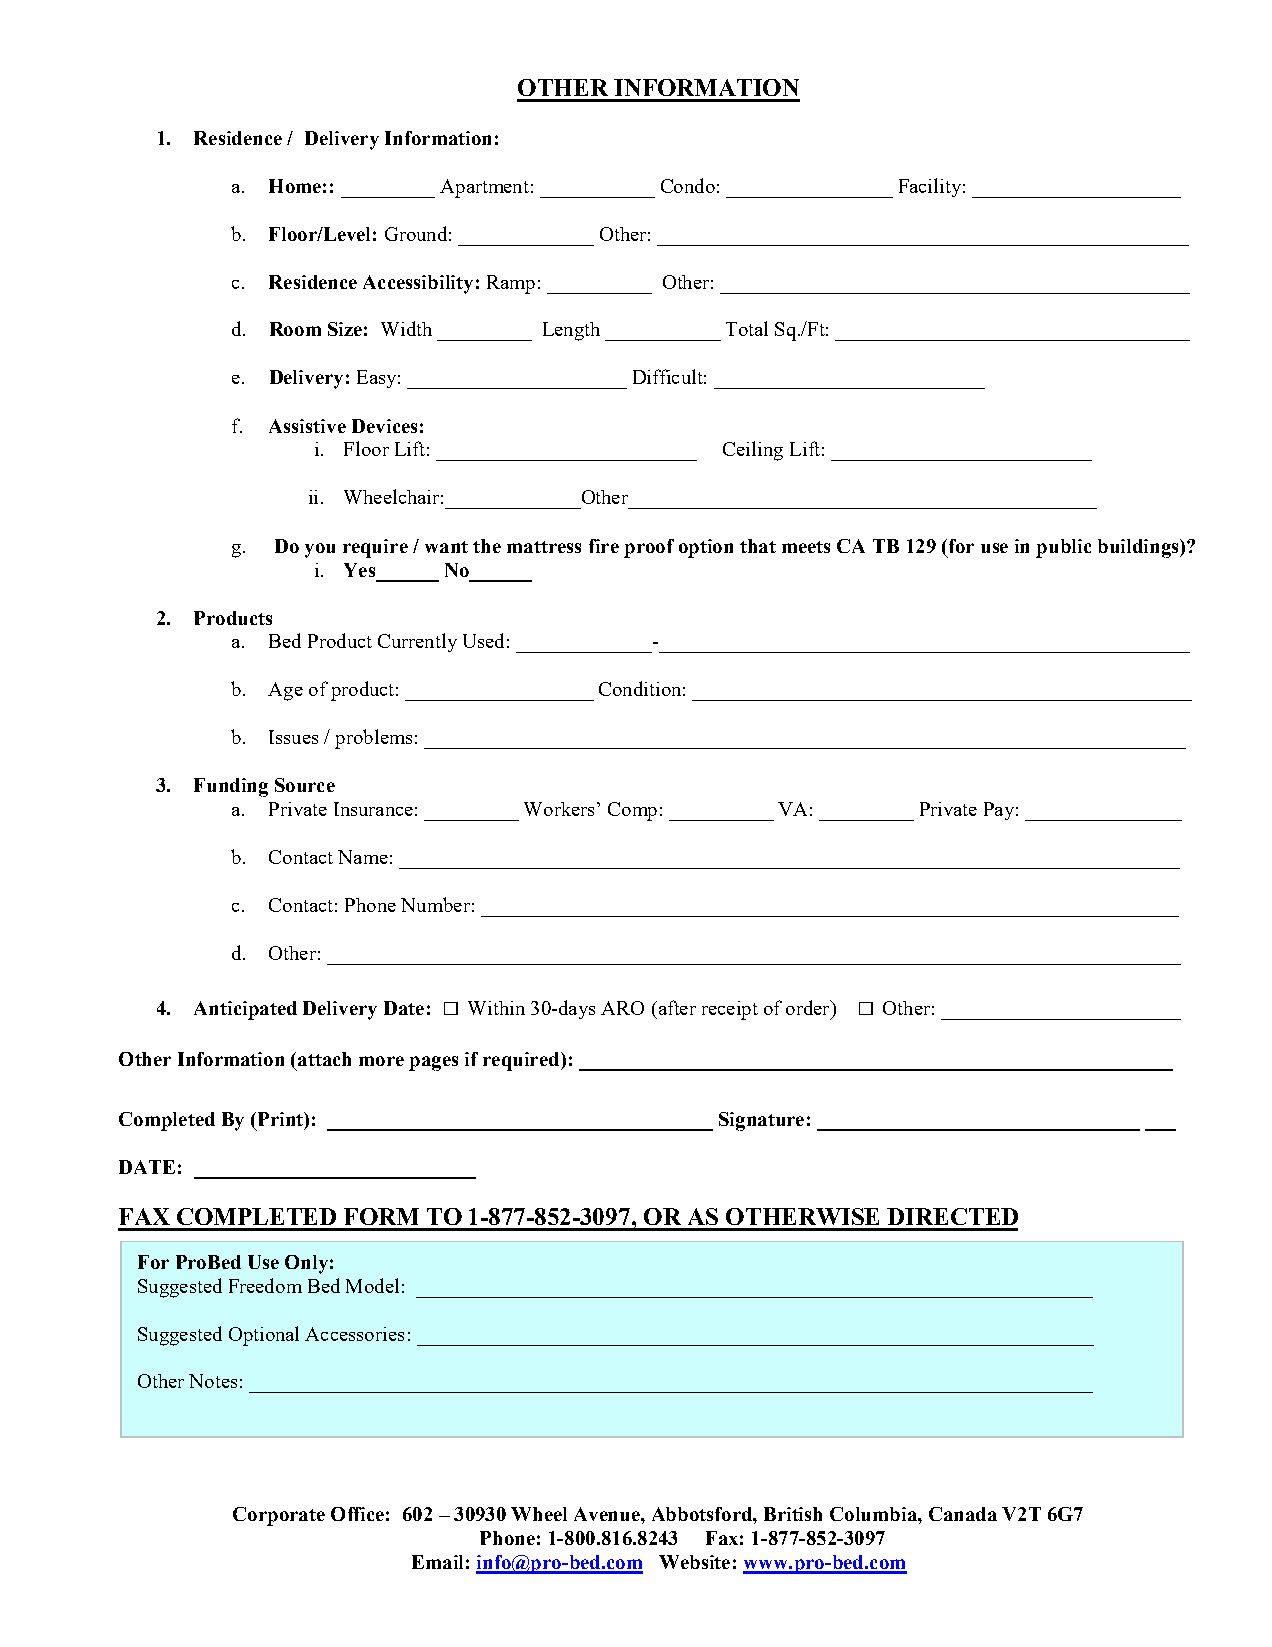
OTHER INFORMATION
 1. Residence / Delivery Information:
 a. Home:: _________ Apartment: ___________ Condo: ________________ Facility: ____________________
 b. Floor/Level: Ground: _____________ Other: ___________________________________________________
 c. Residence Accessibility: Ramp: __________ Other: _____________________________________________
 d. Room Size: Width _________ Length ___________ Total Sq./Ft: __________________________________
 e. Delivery: Easy: _____________________ Difficult: __________________________
 f. Assistive Devices:
 i. Floor Lift: _________________________ Ceiling Lift: _________________________
 ii. Wheelchair:_____________Other_____________________________________________
 g. Do you require / want the mattress fire proof option that meets CA TB 129 (for use in public buildings)?
 i. Yes______ No______
 2. Products
 a. Bed Product Currently Used: _____________-___________________________________________________
 b. Age of product: __________________ Condition: ________________________________________________
 b. Issues / problems: _________________________________________________________________________
 3. Funding Source
 a. Private Insurance: _________ Workers’ Comp: __________ VA: _________ Private Pay: _______________
 b. Contact Name: ___________________________________________________________________________
 c. Contact: Phone Number: ___________________________________________________________________
 d. Other: __________________________________________________________________________________
 4. Anticipated Delivery Date: □ Within 30-days ARO (after receipt of order) □ Other: _______________________
 Other Information (attach more pages if required): _________________________________________________________
 Completed By (Print): _____________________________________ Signature: _______________________________ ___
 DATE: ___________________________
 FAX COMPLETED  FORM  TO 1-877-852-3097, OR AS OTHERWISE DIRECTED
 For ProBed Use Only:
 Suggested Freedom Bed Model: _________________________________________________________________
 Suggested Optional Accessories: _________________________________________________________________
 Other Notes: _________________________________________________________________________________
 Corporate Office: 602 – 30930 Wheel Avenue, Abbotsford, British Columbia, Canada V2T 6G7
 Phone: 1-800.816.8243 Fax: 1-877-852- 3097
 Email: info@pro-bed.com Website: www.pro-bed.com